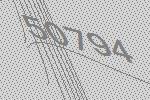
50794